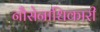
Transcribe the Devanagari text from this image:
नौसेनाधिकारी